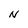
Character: N